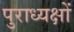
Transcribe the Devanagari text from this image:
पुराध्यक्षों